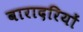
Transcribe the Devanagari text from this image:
बारादरियों